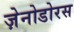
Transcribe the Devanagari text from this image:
ज़ेनोडोरस